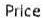
PRICE